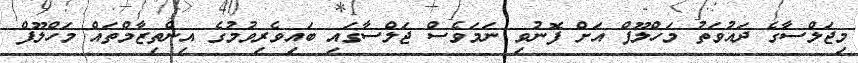
މިޖަލްސާގެ ދައުވަތު މަހްލޫފް އަށް ފޮނުވި ނަމަވެސް ޖަލްސާގައި ބައިވެރިވުމުގެ އިންތިޒާމްތައް މަހްލޫފް